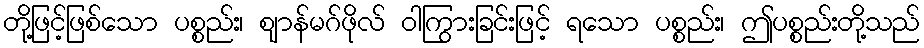
တို့ဖြင့်ဖြစ်သော ပစ္စည်း၊ ဈာန်မဂ်ဖိုလ် ဝါကြွားခြင်းဖြင့် ရသော ပစ္စည်း၊ ဤပစ္စည်းတို့သည်